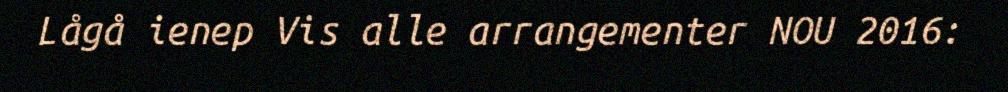
Lågå ienep Vis alle arrangementer NOU 2016: